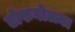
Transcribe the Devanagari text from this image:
तोफगोळ्या